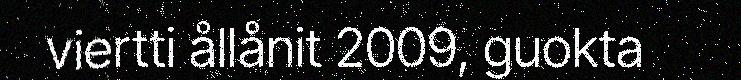
viertti ållånit 2009, guokta